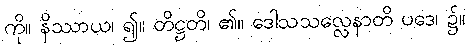
ကို။ နိဿာယ၊ ၍။ တိဋ္ဌတိ၊ ၏။ ဒေါသသလ္လေနာတိ ပဒေ၊ ၌။